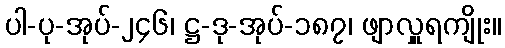
ပါ-ပု-အုပ်-၂၄၆၊ ဋ္ဌ-ဒု-အုပ်-၁၈၇၊ ဖျာလှူရကျိုး။